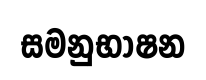
සමනුභාෂන